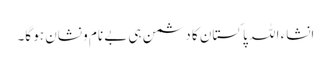
انشاء ا للہ پاکستان کا دشمن ہی بے نام و نشان ہو گا۔